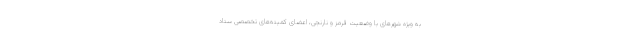
به ویژه شهرهای با وضعیت قرمز و نارنجی، اعضای کمیته‌های تخصصی ستاد